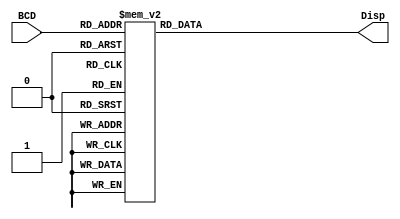
module SevenSegEnc(
	output reg [6:0] Disp,
	input [3:0] BCD
);

////////////SIMPLE BCD TO 7seg Encoder////////
//                    abc_defg
parameter	BLANK	=7'b111_1111;
parameter	ZERO	=7'b000_0001;
parameter   ONE	=7'b100_1111;
parameter	TWO	=7'b001_0010;
parameter	THREE	=7'b000_0110;
parameter	FOUR	=7'b100_1100;
parameter	FIVE	=7'b010_0100;
parameter	SIX	=7'b010_0000;
parameter	SEVEN	=7'b000_1111;
parameter	EIGHT	=7'b000_0000;
parameter	NINE	=7'b000_0100;

always @(BCD)
	case(BCD)
	0:	Disp=ZERO;
	1:	Disp=ONE;
	2:	Disp=TWO;
	3:	Disp=THREE;
	4:	Disp=FOUR;
	5:	Disp=FIVE;
	6:	Disp=SIX;
	7:	Disp=SEVEN;
	8:	Disp=EIGHT;
	9:	Disp=NINE;
	default:	Disp=BLANK;
	endcase
endmodule